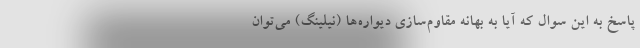
پاسخ به این سوال که آیا به بهانه مقاوم‌سازی دیواره‌ها (نیلینگ) می‌توان